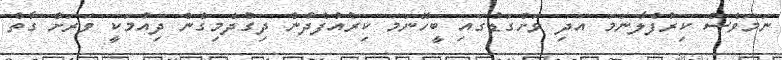
ނަމަވެސް ކިރުފެލާނަމަ އަދި ވަށްގަޑުގައި ބީހޭނަމަ ކިރުއުފެދުން ދިގުދެމިގެން ދިއުމަކީ ވަރަށް ގާތް